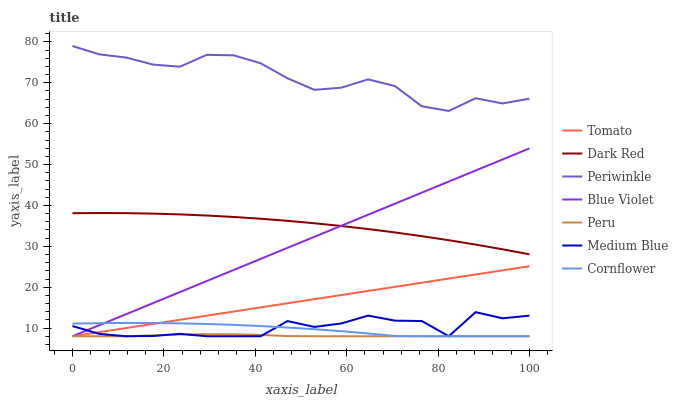
| xaxis_label | Tomato | Dark Red | Periwinkle | Blue Violet | Peru | Medium Blue | Cornflower |
 | --- | --- | --- | --- | --- | --- | --- | --- |
 | 0 | 8 | 38.1 | 79 | 8 | 8 | 10.5 | 11.1 |
 | 5.88 | 9.01 | 38.1 | 77 | 10.7 | 8 | 8.57 | 11.2 |
 | 11.8 | 10 | 38.1 | 76.2 | 13.4 | 8 | 8 | 11.3 |
 | 17.6 | 11 | 38 | 74.5 | 16.1 | 8.22 | 8.06 | 11.2 |
 | 23.5 | 12 | 37.8 | 73.9 | 18.8 | 8.43 | 8.58 | 11.2 |
 | 29.4 | 13 | 37.5 | 76.8 | 21.5 | 8.52 | 8 | 11 |
 | 35.3 | 14 | 37.2 | 76.7 | 24.2 | 8.48 | 8 | 10.8 |
 | 41.2 | 15.1 | 36.7 | 74.8 | 26.9 | 8.32 | 8 | 10.5 |
 | 47.1 | 16.1 | 36.2 | 71.1 | 29.6 | 8.04 | 11.7 | 10.1 |
 | 52.9 | 17.1 | 35.6 | 68.3 | 32.3 | 8 | 10.3 | 9.72 |
 | 58.8 | 18.1 | 35 | 68.8 | 35 | 8 | 11.1 | 9.23 |
 | 64.7 | 19.1 | 34.2 | 70.8 | 37.7 | 8 | 13 | 8.68 |
 | 70.6 | 20.1 | 33.4 | 69.2 | 40.4 | 8 | 11.8 | 8.06 |
 | 76.5 | 21.1 | 32.5 | 64.3 | 43.1 | 8 | 11.7 | 8 |
 | 82.4 | 22.1 | 31.5 | 63.1 | 45.8 | 8 | 8 | 8 |
 | 88.2 | 23.1 | 30.4 | 66.2 | 48.5 | 8 | 13.9 | 8 |
 | 94.1 | 24.1 | 29.3 | 64.9 | 51.2 | 8 | 12.4 | 8 |
 | 100 | 25.1 | 28 | 66.1 | 53.9 | 8 | 13 | 8 |